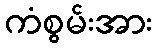
ကံစွမ်းအား